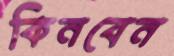
কিনবেন